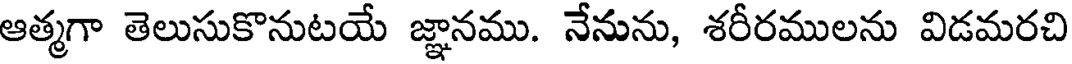
ఆత్మగా తెలుసుకొనుటయే జ్ఞానము. నేనును, శరీరములను విడమరచి